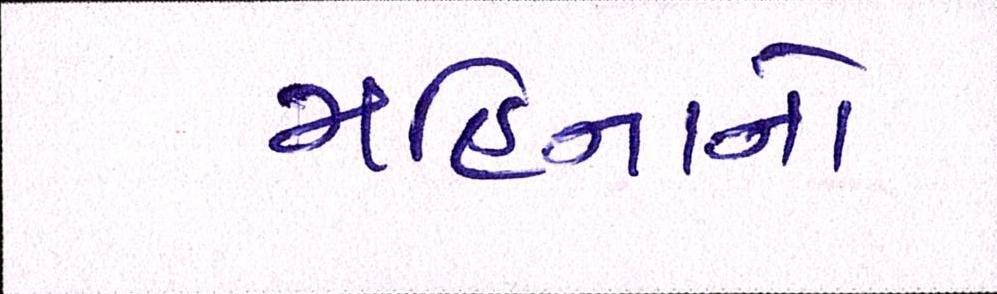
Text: મહિનાનો